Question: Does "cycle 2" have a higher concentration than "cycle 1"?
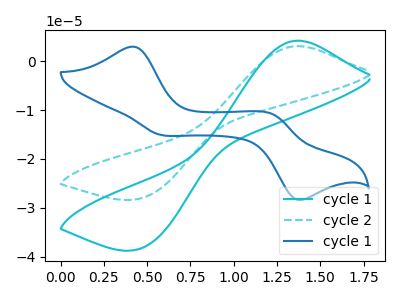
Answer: <think>The cyan curve "cycle 1" has an anodic peak at (1.35V, 4.20uA) and a cathodic peak at (0.45V, -38.25uA). The cyan dashed curve "cycle 2" has an anodic peak at (1.35V, 3.05uA) and a cathodic peak at (0.45V, -28.00uA). The blue curve "cycle 1" has anodic peaks at (0.40V, 2.95uA) (1.20V, -10.80uA) and cathodic peaks at (0.55V, -15.05uA) (1.35V, -28.25uA).
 All the peaks in "cycle 2" have a peak in "cycle 1" at the same potential. Every peak in "cycle 2" is lower than every peak in "cycle 1".</think>
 <answer>"cycle 2" has less signal than "cycle 1" and so likely has a lower concentration.</answer>
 <eval>less_concentration</eval>